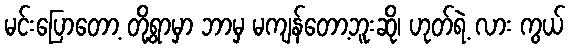
မင်းပြောတော့ တို့ရွာမှာ ဘာမှ မကျန်တော့ဘူးဆို၊ ဟုတ်ရဲ့ လား ကွယ်